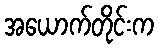
အယောက်တိုင်းက